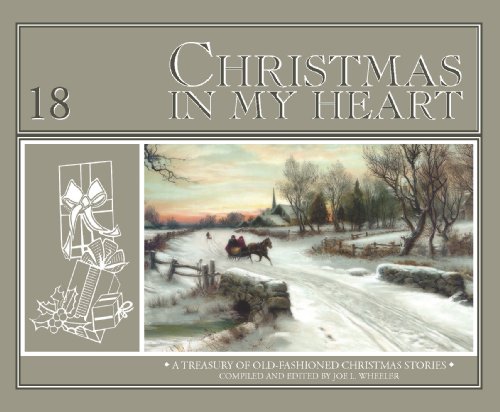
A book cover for Christmas In My Heart, Book 18; Joe L. Wheeler; Christian Books & Bibles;